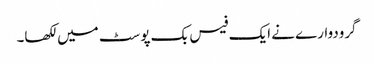
گرودوارے نے ایک فیس بک پوسٹ میں لکھا۔